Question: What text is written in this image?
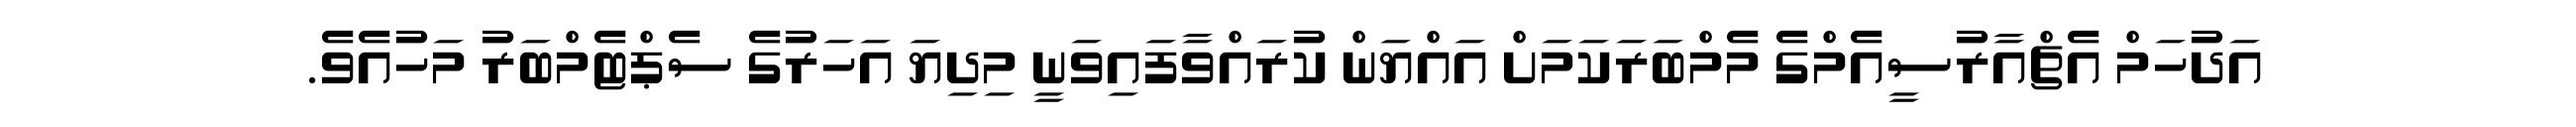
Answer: އަދުހަމް އެޗްއާރުސީއެމްގެ މެމްބަރަކަމަށް އައްޔަން ކުރައްވާފައިވަނީ މިދިޔަ އަހަރުގެ ސެޕްޓެމްބަރު މަހުއެވެ.